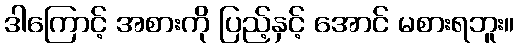
ဒါကြောင့် အစားကို ပြည့်နှင့် အောင် မစားရဘူး။